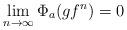
LaTeX: \begin{align*}\lim_{n\to \infty}\Phi_a(gf^n)=0\end{align*}